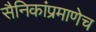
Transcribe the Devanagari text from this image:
सैनिकांप्रमाणेच